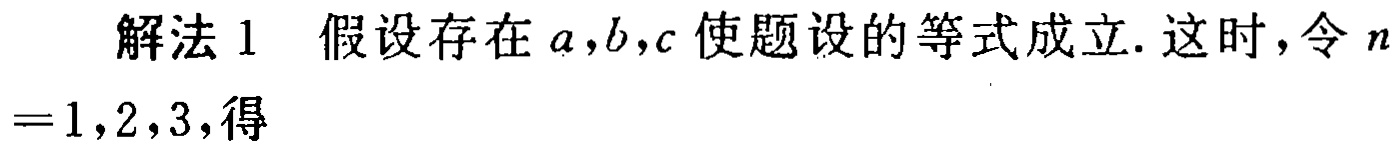
解法 1 假设存在 \(a,b,c\) 使题设的等式成立. 这时，令 \(n = 1,2,3\)，得